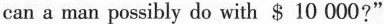
can a man possibly do with $ 10 000?